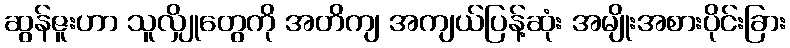
ဆွန်ဇူးဟာ သူလျှိုတွေကို အတိကျ အကျယ်ပြန့်ဆုံး အမျိုးအစားပိုင်းခြား